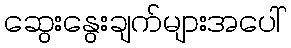
ဆွေးနွေးချက်များအပေါ်